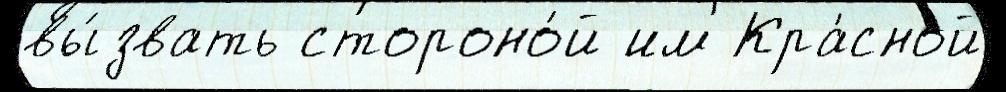
вы́звать стороно́й им Кра́сной